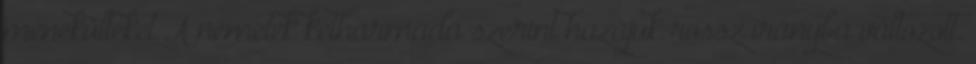
menekülteket A németek kétharmada szerint hazájuk rossz irányba változott.